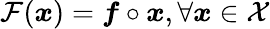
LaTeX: \mathcal{F}(\boldsymbol{x})=\boldsymbol{f}\circ\boldsymbol{x},\forall\boldsymbol{x}\in\mathcal{X}